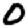
Digit: 0